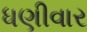
ધણીવાર